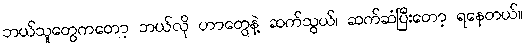
ဘယ်သူတွေကတော့ ဘယ်လို ဟာတွေနဲ့ ဆက်သွယ်၊ ဆက်ဆံပြီးတော့ ရနေတယ်။